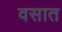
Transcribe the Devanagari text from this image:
वसात